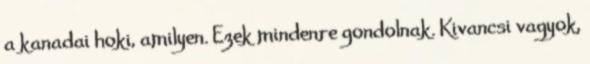
a kanadai hoki, amilyen. Ezek mindenre gondolnak. Kivancsi vagyok,